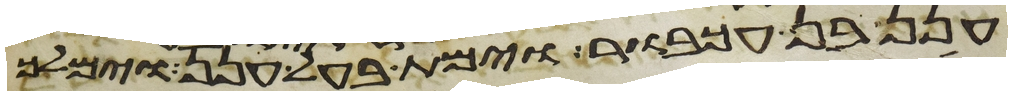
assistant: חנן בן עכבור וימת בעל חנן וימלך